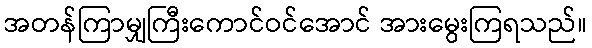
အတန်ကြာမျှကြီးကောင်ဝင်အောင် အားမွေးကြရသည်။